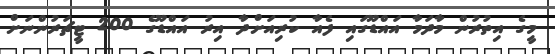
މީގެ އިތުރުން މާދަމާ އައްޑޫގައި ފެއާ ކުރިއަށްދާ އިރު އައްޑޫގެ 200 ޓީޗަރުންނަށް